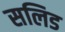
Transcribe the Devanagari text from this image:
सलिड